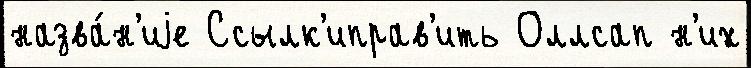
назва́н'иjе Ссылк'иправ'ить Оллсап н'их